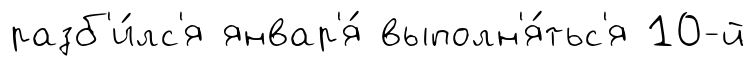
разб'и́лс'я январ'я́ выполн'я́тьс'я 10-й